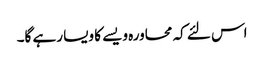
اس لئے کہ محاورہ ویسے کا ویسا رہے گا۔